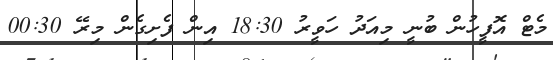
މެޓް އޮފީހުން ބުނީ މިއަދު ހަވީރު 18:30 އިން ފެށިގެން މިރޭ 00:30